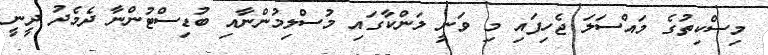
މިސްކިތުގެ މައްސަލަ ޖެހިފައި މި ވަނީ ލަންކާގައި މުސްލިމުންނާއި ބުޑިސްޓުންނާ ދެމެދު ދީނީ